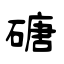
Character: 磄